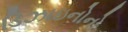
ડિઝાઇનોનો